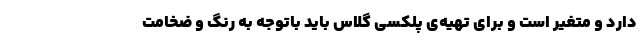
دارد و متغیر است و برای تهیه‌ی پلکسی گلاس باید باتوجه به رنگ و ضخامت